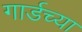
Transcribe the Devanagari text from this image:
गार्डच्या